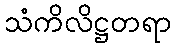
သံကိလိဋ္ဌတရာ